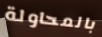
بالمحاولة